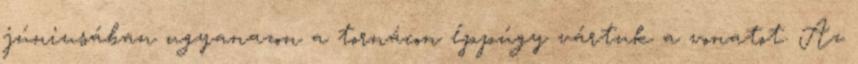
júniusában ugyanazon a tornácon éppúgy vártuk a vonatot. Az